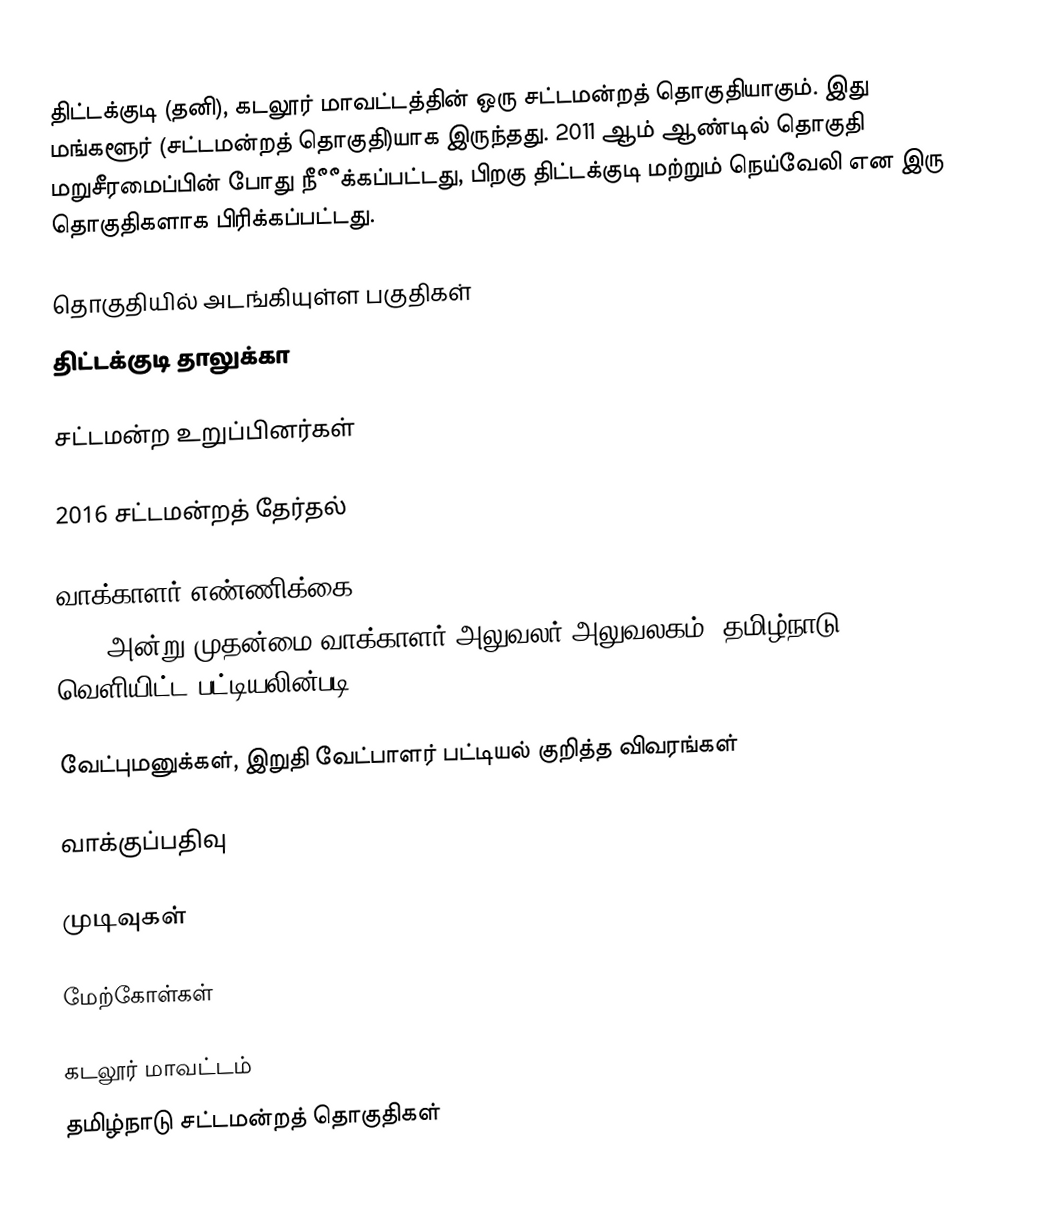
திட்டக்குடி (தனி), கடலூர் மாவட்டத்தின் ஒரு சட்டமன்றத் தொகுதியாகும். இது மங்களூர் (சட்டமன்றத் தொகுதி)யாக இருந்தது. 2011 ஆம் ஆண்டில் தொகுதி மறுசீரமைப்பின் போது நீீீக்கப்பட்டது, பிறகு திட்டக்குடி மற்றும் நெய்வேலி என இரு தொகுதிகளாக பிரிக்கப்பட்டது.

தொகுதியில் அடங்கியுள்ள பகுதிகள்
திட்டக்குடி தாலுக்கா

சட்டமன்ற உறுப்பினர்கள்

2016 சட்டமன்றத் தேர்தல்

வாக்காளர் எண்ணிக்கை
2016 அன்று முதன்மை வாக்காளர் அலுவலர் அலுவலகம், தமிழ்நாடு வெளியிட்ட பட்டியலின்படி,

வேட்புமனுக்கள், இறுதி வேட்பாளர் பட்டியல் குறித்த விவரங்கள்

வாக்குப்பதிவு

முடிவுகள்

மேற்கோள்கள்

கடலூர் மாவட்டம்
தமிழ்நாடு சட்டமன்றத் தொகுதிகள்